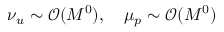
\nu _ { u } \sim \mathcal { O } ( M ^ { 0 } ) , \quad \mu _ { p } \sim \mathcal { O } ( M ^ { 0 } )